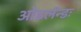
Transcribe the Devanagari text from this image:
ओडलॅन्डः